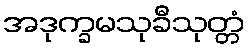
အဒုက္ခမသုခီသုတ္တံ